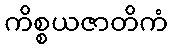
ကိစ္စယဇာတိကံ